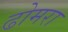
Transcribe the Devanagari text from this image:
ढोमरा